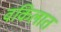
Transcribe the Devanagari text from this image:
वकिलात